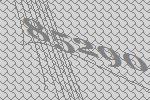
85290